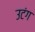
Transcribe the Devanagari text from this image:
उटंग